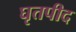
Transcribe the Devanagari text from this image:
घृतपीद